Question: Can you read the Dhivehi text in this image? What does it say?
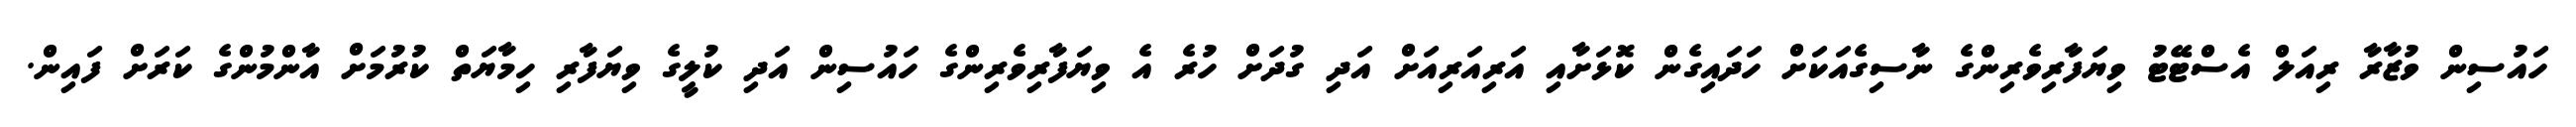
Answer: ހައުސިން ވުޒާރާ ރިއަލް އެސްޓޭޓު ވިޔަފާރިވެރިންގެ ނާސިގެއަކަށް ހަދައިގެން ކޮޅަށާއި އަރިއަރިއަށް އަދި ގުދަށް ހުރެ އެ ވިޔަފާރިވެރިންގެ ހައުސިން އަދި ކުލީގެ ވިޔަފާރި ހިމާޔަތް ކުރުމަށް އާންމުންގެ ކަރަށް ފައިން.